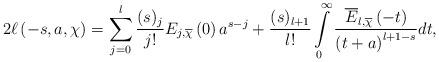
LaTeX: \begin{align*}2\ell\left( -s,a,\chi\right) =\sum\limits_{j=0}^{l}\frac{(s)_{j}}{j!}E_{j,\overline{\chi}}\left( 0\right) a^{s-j}+\frac{(s)_{l+1}}{l!}\int\limits_{0}^{\infty}\frac{\overline{E}_{l,\overline{\chi}}\left(-t\right) }{\left( t+a\right) ^{l+1-s}}dt, \end{align*}